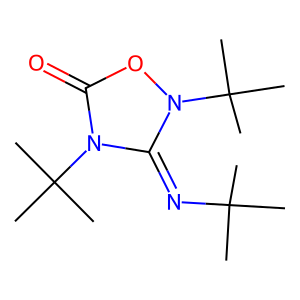
SMILES: CC(C)(C)N=c1n(C(C)(C)C)oc(=O)n1C(C)(C)C
Inhibits HIV replication: No